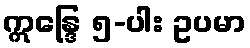
ဣန္ဒြေ ၅-ပါး ဥပမာ